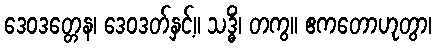
ဒေဝဒတ္တေန၊ ဒေဝဒတ်နှင့်။ သဒ္ဓိံ၊ တကွ။ ဧကတောဟုတွာ၊